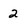
Character: 2